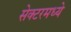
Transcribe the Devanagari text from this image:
सेक्टरमध्ये